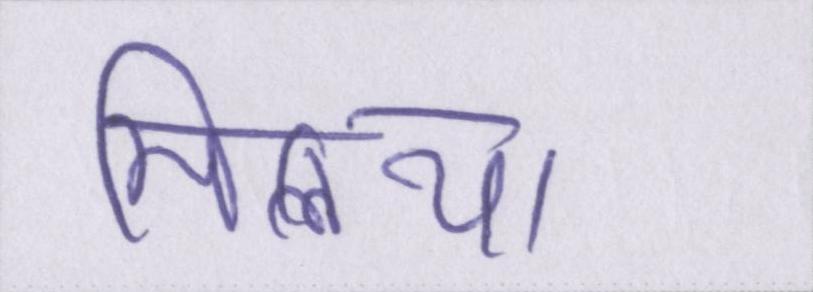
मिलिया